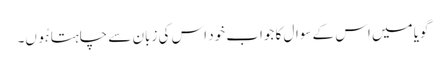
گویا میں اس کے سوال کا جواب خود اس کی زبان سے چاہتا ہُوں۔